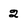
Character: 2